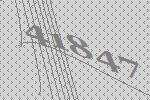
41847